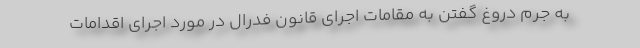
به جرم دروغ گفتن به مقامات اجرای قانون فدرال در مورد اجرای اقدامات